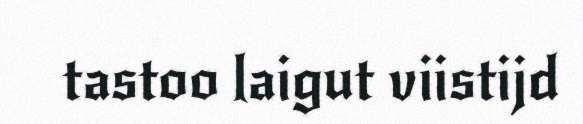
tastoo laigut viistijd